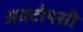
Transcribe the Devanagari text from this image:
अक्टोपसी